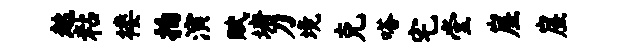
趑粘楼拍演赋塘刀境克嗒宅堂崖崖